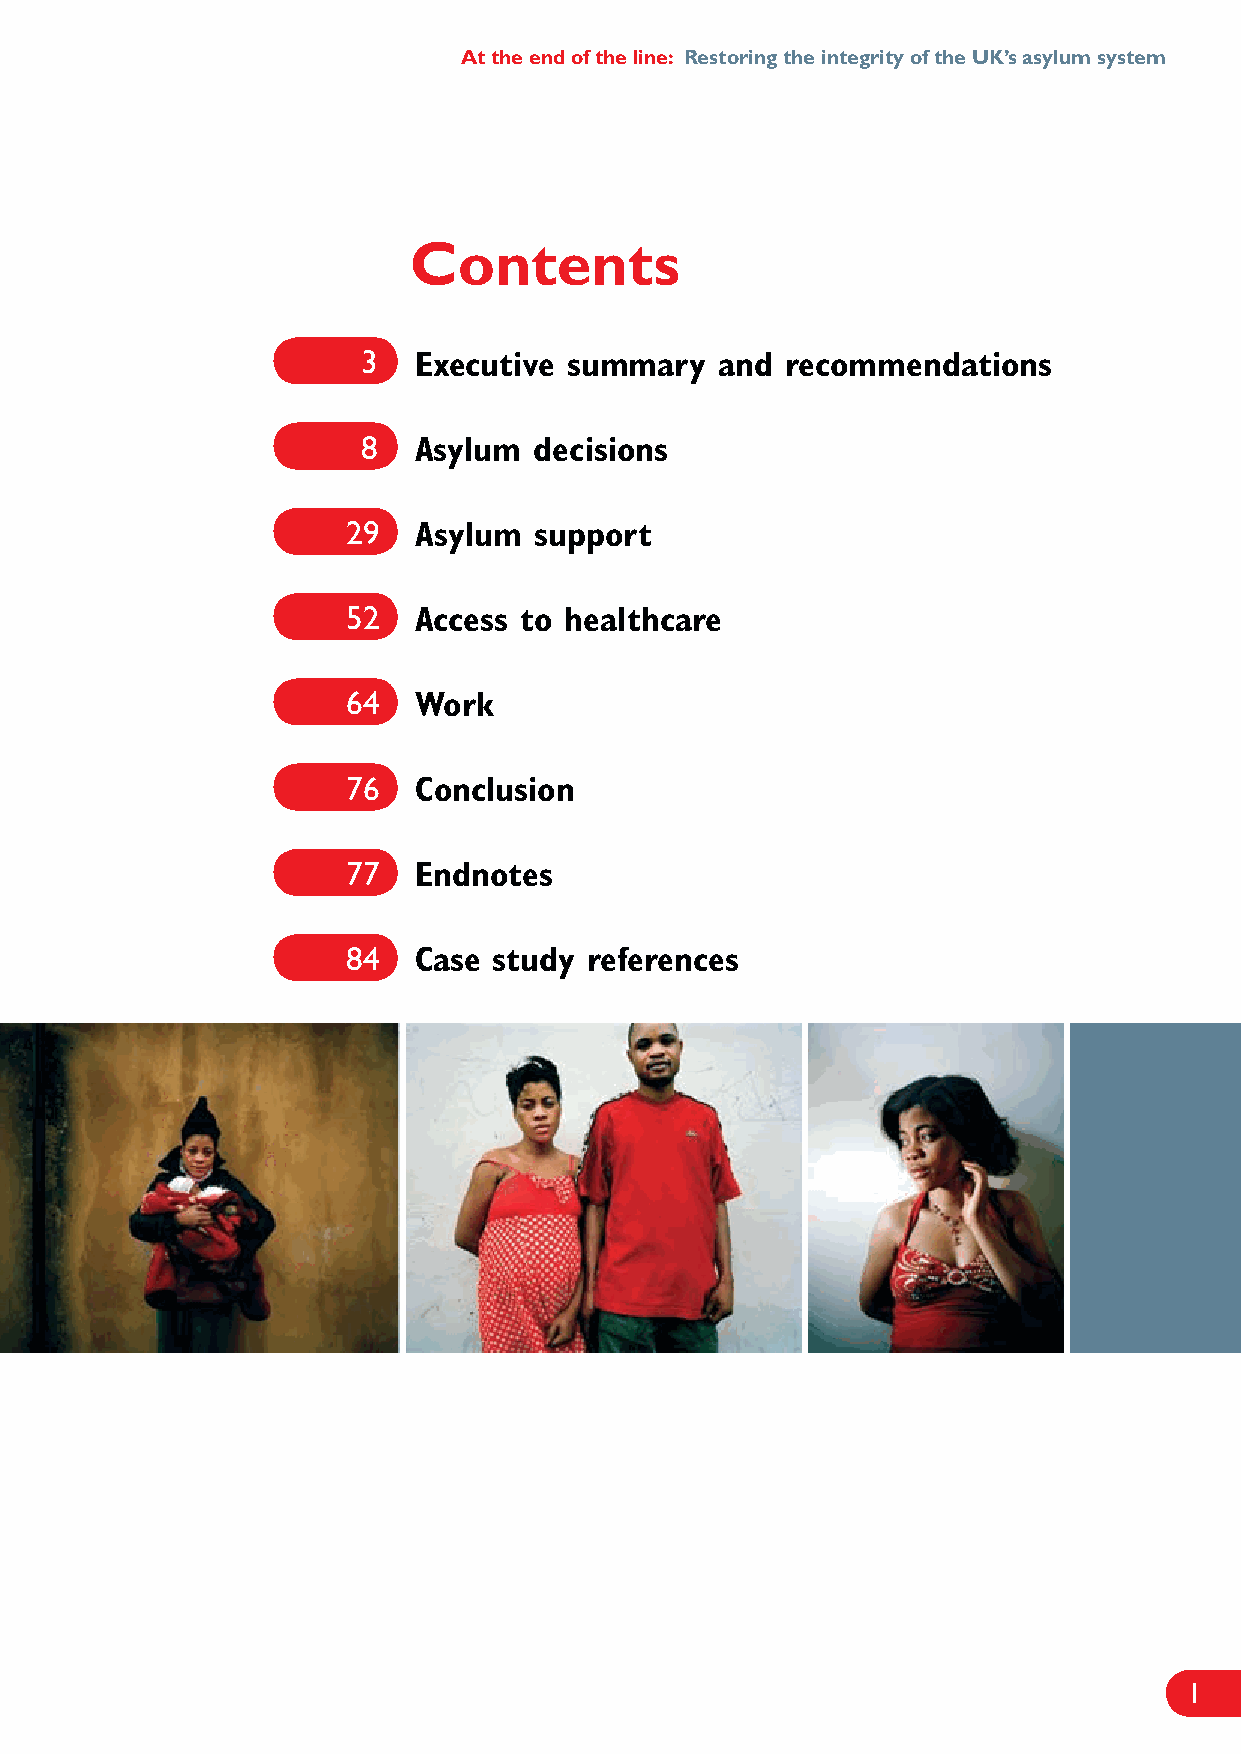
At the end of the line: Restoring the integrity of the UK’s asylum system
 Contents
 3  Executive  summary   and recommendations
 8  Asylum  decisions
 29  Asylum  support
 52  Access to healthcare
 64  Work
 76  Conclusion
 77  Endnotes
 84  Case  study references
 1